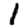
Digit: 1